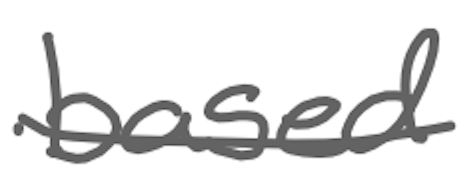
Text: based
Cross-out: single-line
Writing tool: digital_gray